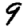
Digit: 9